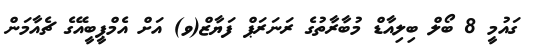
ގައުމީ 8 ބޯލް ބިލިއާޑް މުބާރާތުގެ ރަނަރަޕް ފަޔާޒް(ވ) އަށް އެމްޕީބީއޭގެ ޗެއާމަން